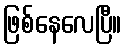
ဖြစ်နေလေပြီ။